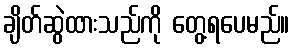
ချိတ်ဆွဲထားသည်ကို တွေ့ရပေမည်။